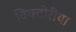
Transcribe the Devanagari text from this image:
विक्टोरीया